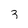
Character: 3